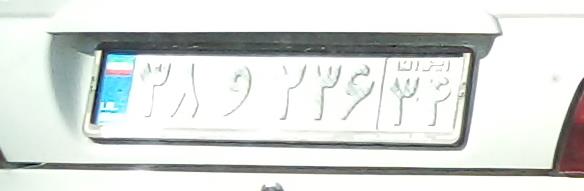
۳۷و۲۳۶۳۴